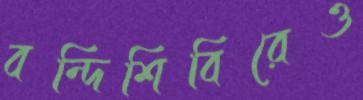
বন্দিশিবিরেও